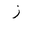
Letter: _zay